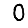
Digit: 0